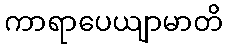
ကာရာပေယျာမာတိ